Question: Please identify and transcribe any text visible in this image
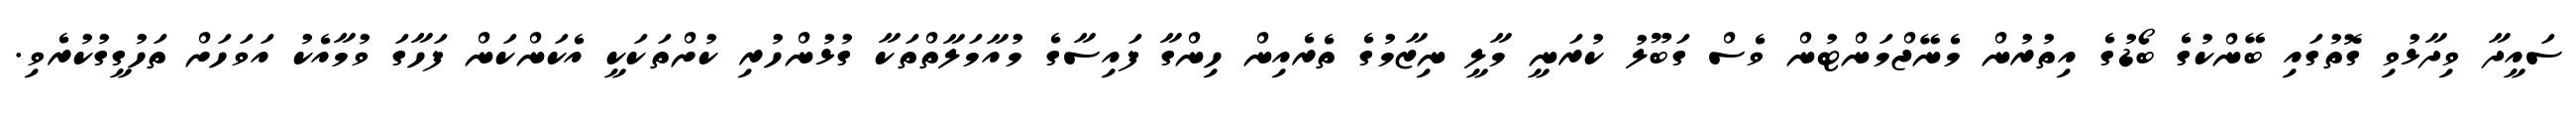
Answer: ސައީދާ ވިދާޅުވި ގޮތުގައި ބޭންކުގެ ބޯޑުގެ އިތުރުން މެނޭޖްމަންޓުން ވެސް ގަބޫލު ކުރަނީ މާލީ ނިޒާމުގެ ތެރެއިން ހިންގާ ފައިސާގެ މުއާމަލާތްތަކާ ގުޅުންހުރި ކުށްތަކަކީ އެކަންކަން ފަހާގަ ވުމާއެކު އަވަހަށް ތަހުގީގުކުރެވި.